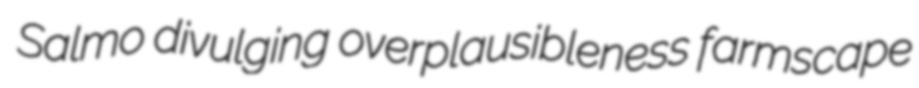
Salmo divulging overplausibleness farmscape